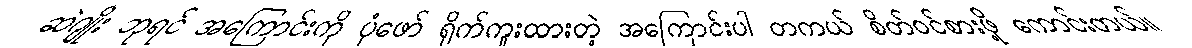
ဆဲဂျိုး ဘုရင် အကြောင်းကို ပုံဖော် ရိုက်ကူးထားတဲ့ အကြောင်းပါ တကယ် စိတ်ဝင်စားဖို့ ကောင်းတယ်။